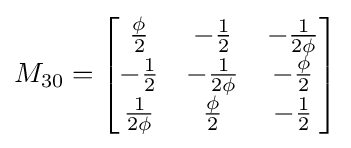
M_{30}={\begin{bmatrix}{\frac {\phi }{2}}&-{\frac {1}{2}}&-{\frac {1}{2\phi }}\\-{\frac {1}{2}}&-{\frac {1}{2\phi }}&-{\frac {\phi }{2}}\\{\frac {1}{2\phi }}&{\frac {\phi }{2}}&-{\frac {1}{2}}\end{bmatrix}}